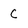
Character: C